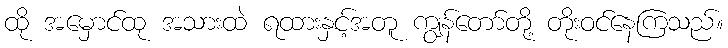
ထို အမှောင်ထု အသားထဲ ရထားနှင့်အတူ ကျွန်တော်တို့ တိုးဝင်နေကြသည်။